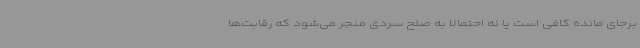
برجای مانده کافی است یا نه احتمالا به صلح سردی منجر می‌شود که رقابت‌ها